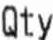
QTY